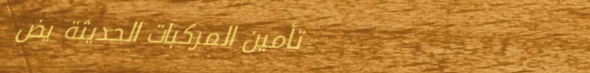
تأمين المركبات الحديثة يض